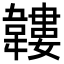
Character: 𩏝